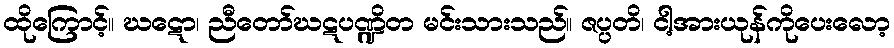
ထိုကြောင့်။ ဃဋော၊ ညီတော်ဃဋပဏ္ဍိတ မင်းသားသည်။ ဇပ္ပတိ၊ ငါ့အားယုန်ကိုပေးလော့